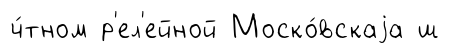
ч́тном р'ел'ейной Моско́вскаjа ш